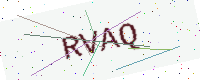
Text: RVAQ